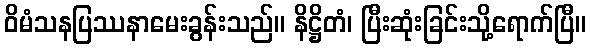
ဝိမံသနပြဿနာမေးခွန်းသည်။ နိဋ္ဌိတံ၊ ပြီးဆုံးခြင်းသို့ရောက်ပြီ။